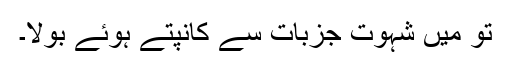
تو میں شہوتِ جزبات سے کانپتے ہوئے بولا۔